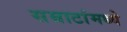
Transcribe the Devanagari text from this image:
सम्राटांमध्ये